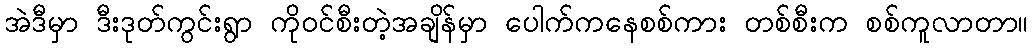
အဲဒီမှာ ဒီးဒုတ်ကွင်းရွာ ကိုဝင်စီးတဲ့အချိန်မှာ ပေါက်ကနေစစ်ကား တစ်စီးက စစ်ကူလာတာ။